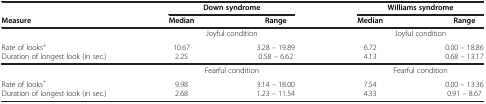
<table><thead><tr><td><b> </b></td><td colspan="2"><b>Down syndrome</b></td><td colspan="2"><b>Williams syndrome</b></td></tr><tr><td><b>Measure</b></td><td><b>Median</b></td><td><b>Range</b></td><td><b>Median</b></td><td><b>Range</b></td></tr></thead><tbody><tr><td> </td><td colspan="2">Joyful condition</td><td colspan="2">Joyful condition</td></tr><tr><td>Rate of looks<sup>+</sup></td><td>10.67</td><td>3.28 – 19.89</td><td>6.72</td><td>0.00 – 18.86</td></tr><tr><td>Duration of longest look (in sec.)</td><td>2.25</td><td>0.58 – 6.62</td><td>4.13</td><td>0.68 – 13.17</td></tr><tr><td> </td><td colspan="2">Fearful condition</td><td colspan="2">Fearful condition</td></tr><tr><td>Rate of looks<sup>+</sup></td><td>9.98</td><td>3.14 – 18.00</td><td>7.54</td><td>0.00 – 13.36</td></tr><tr><td>Duration of longest look (in sec.)</td><td>2.68</td><td>1.23 – 11.54</td><td>4.33</td><td>0.91 – 8.67</td></tr></tbody></table>